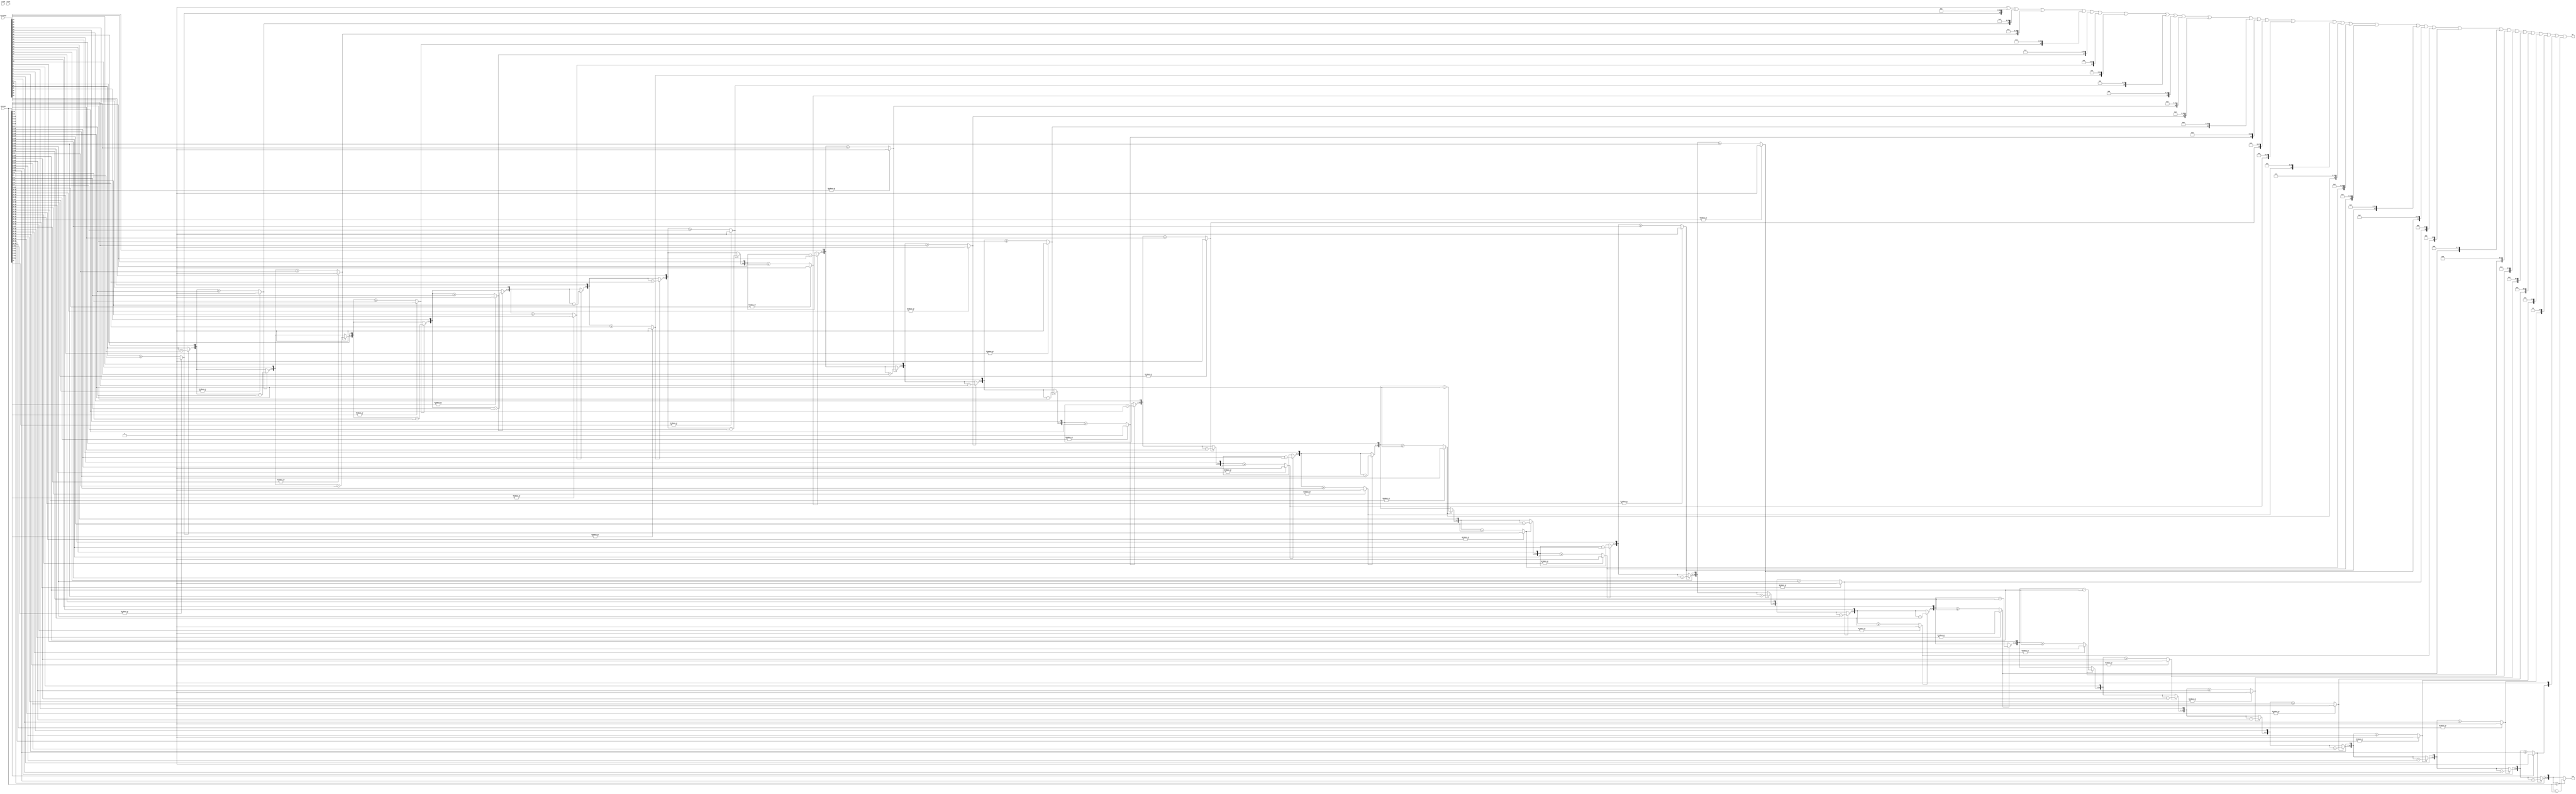
`define F(n) [(n)-1:0]
`define mode(signal, value)  always @ (posedge clock or posedge reset) if (reset) signal <= value; else
module div
 #(
   parameter bits = 32,
   parameter `F(bits) counter = 0
   )(
   input clock,
   input reset,
   input `F(bits) dividend,
   input `F(bits) divisor,
   
   
   output `F(bits) hi,
   output `F(bits) low
);
   reg `F(bits) dvnd `F(bits+1);
   reg `F(bits) dvsr `F(bits+1);
   reg `F(bits) quotient `F(bits+1);
   reg ready `F(bits+1);

    always @(*) begin
      dvnd[0] = dividend;
      dvsr[0] = divisor;
      quotient[0] = 0;
      
    end

    generate
        genvar i;
        for (i=0; i<32; i=i+1) begin:gen_div
          wire [i:0] a = dvnd[i]>>(31-i);
          wire [i:0] b = dvsr[i];
          wire x = (|(dvsr[i]>>(i+1))) ? 1'b0 : (a>=b);

          wire [i:0] aux1 = x ? (a-b) : a;

          wire [31:0] aux2 = dvnd[i]<<(i+1);

          wire [32+i:0] accumulator = {aux1, aux2}>>(i+1);

          if (counter[31-i]) begin:gen_ff
            

            `mode(dvnd[i+1], 0)
            dvnd[i+1] <= accumulator;

            `mode(dvsr[i+1], 0)
            dvsr[i+1] <= dvsr[i];

            `mode(quotient[i+1], 0)
            quotient[i+1] <= quotient[i]|(accumulator<<(31-i));
          end else begin:gen_comb
            always @* begin
                
                dvnd[i+1] = accumulator;
                dvsr[i+1] = dvsr[i];
                quotient[i+1] = quotient[i]|(x<<(31-i));
            end
          end
        end
    endgenerate

    assign hi = quotient[32];
    assign low = dvnd[32];

endmodule